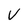
Character: v